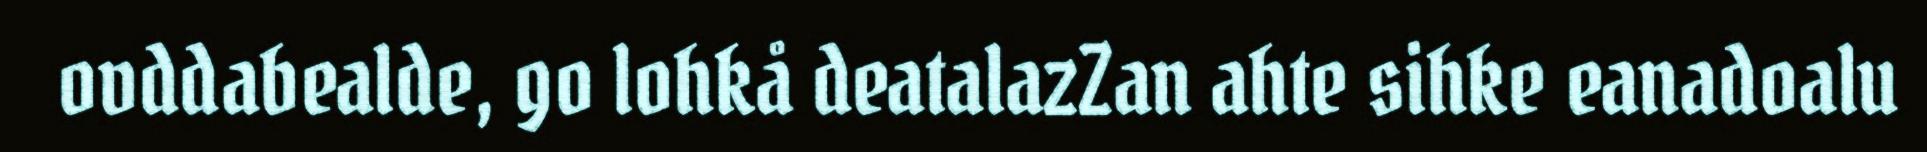
ovddabealde, go lohkå deatalazZan ahte sihke eanadoalu